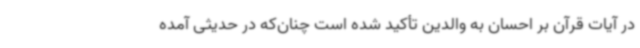
در آیات قرآن بر احسان به والدین تأکید شده است چنان‌که در حدیثی آمده